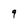
Character: q